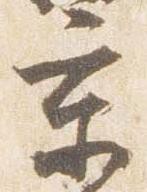
京